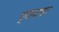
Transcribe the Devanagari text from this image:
ग्रायगर